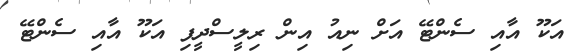
އަކޫ އާއި ސެންޓޭ އަށް ނިއު އިން ރިލީސްދީފި އަކޫ އާއި ސެންޓޭ